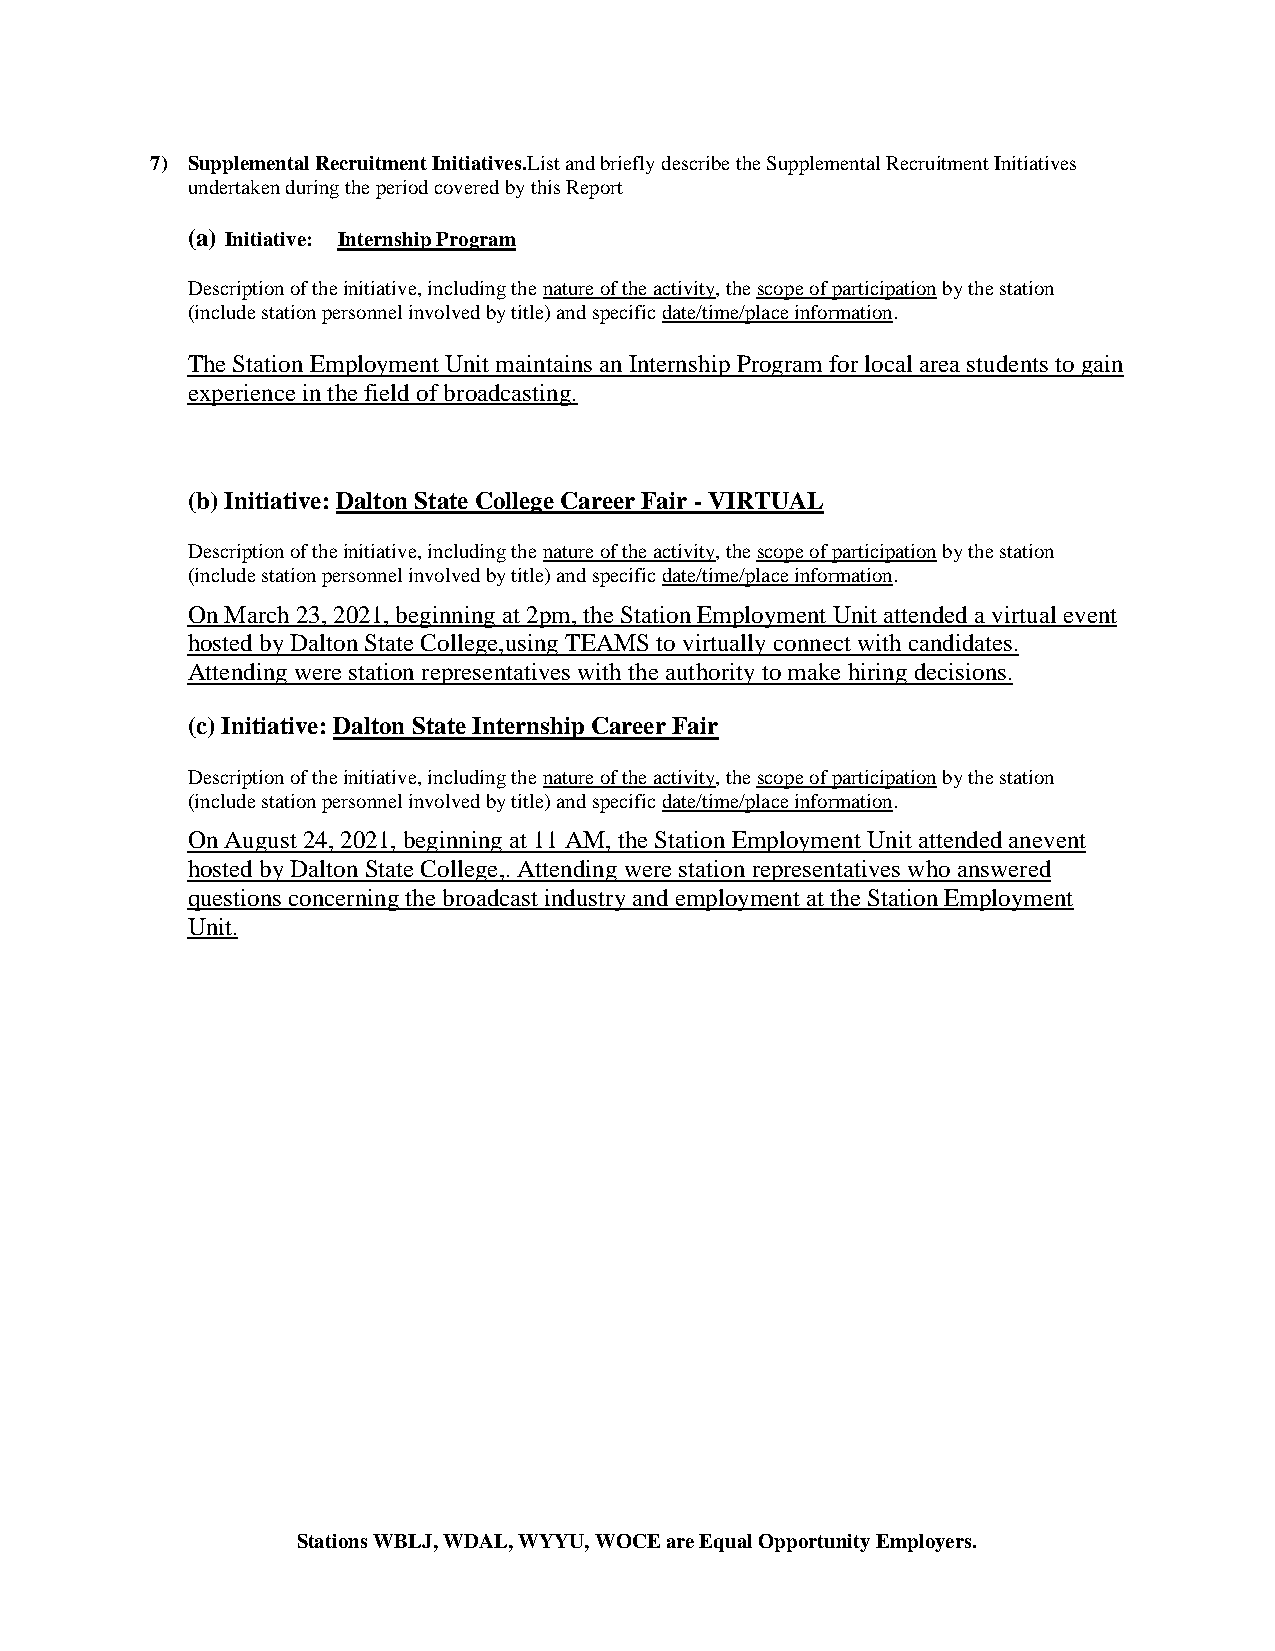
7) Supplemental Recruitment Initiatives.List and briefly describe the Supplemental Recruitment Initiatives
 undertaken during the period covered by this Report
 (a) Initiative: Internship Program
 Description of the initiative, including the nature of the activity, the scope of participation by the station
 (include station personnel involved by title) and specific date/time/place information.
 The Station Employment Unit maintains an Internship Program for local area students to gain
 experience in the field of broadcasting.
 (b) Initiative: Dalton State College Career Fair - VIRTUAL
 Description of the initiative, including the nature of the activity, the scope of participation by the station
 (include station personnel involved by title) and specific date/time/place information.
 On March 23, 2021, beginning at 2pm, the Station Employment Unit attended a virtual event
 hosted by Dalton State College,using TEAMS to virtually connect with candidates.
 Attending were station representatives with the authority to make hiring decisions.
 (c) Initiative: Dalton State Internship Career Fair
 Description of the initiative, including the nature of the activity, the scope of participation by the station
 (include station personnel involved by title) and specific date/time/place information.
 On August 24, 2021, beginning at 11 AM, the Station Employment Unit attended anevent
 hosted by Dalton State College,. Attending were station representatives who answered
 questions concerning the broadcast industry and employment at the Station Employment
 Unit.
 Stations WBLJ, WDAL, WYYU, WOCE are Equal Opportunity Employers.